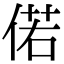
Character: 偌